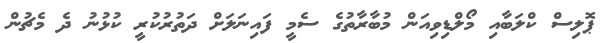
ޕޮލިސް ކްލަބާއި މޯލްޑިވިއަން މުބާރާތުގެ ސެމީ ފައިނަލަށް ދަތުރުކުރީ ކުޅުނު ދެ މެޗުން